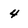
Character: 4